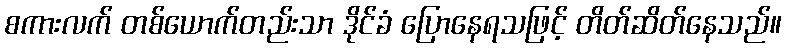
စကားလက် တစ်ယောက်တည်းသာ ဒိုင်ခံ ပြောနေရသဖြင့် တိတ်ဆိတ်နေသည်။